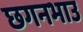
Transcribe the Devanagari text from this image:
छगनभाउ